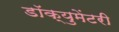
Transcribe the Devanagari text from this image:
डॉक्‍युमेंटरी